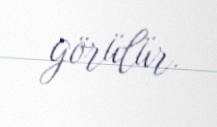
görülür.